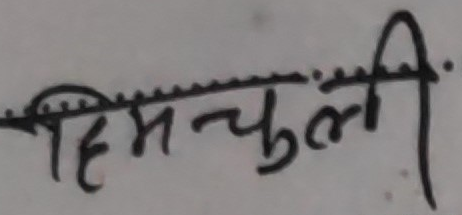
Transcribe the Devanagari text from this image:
हिमचुली